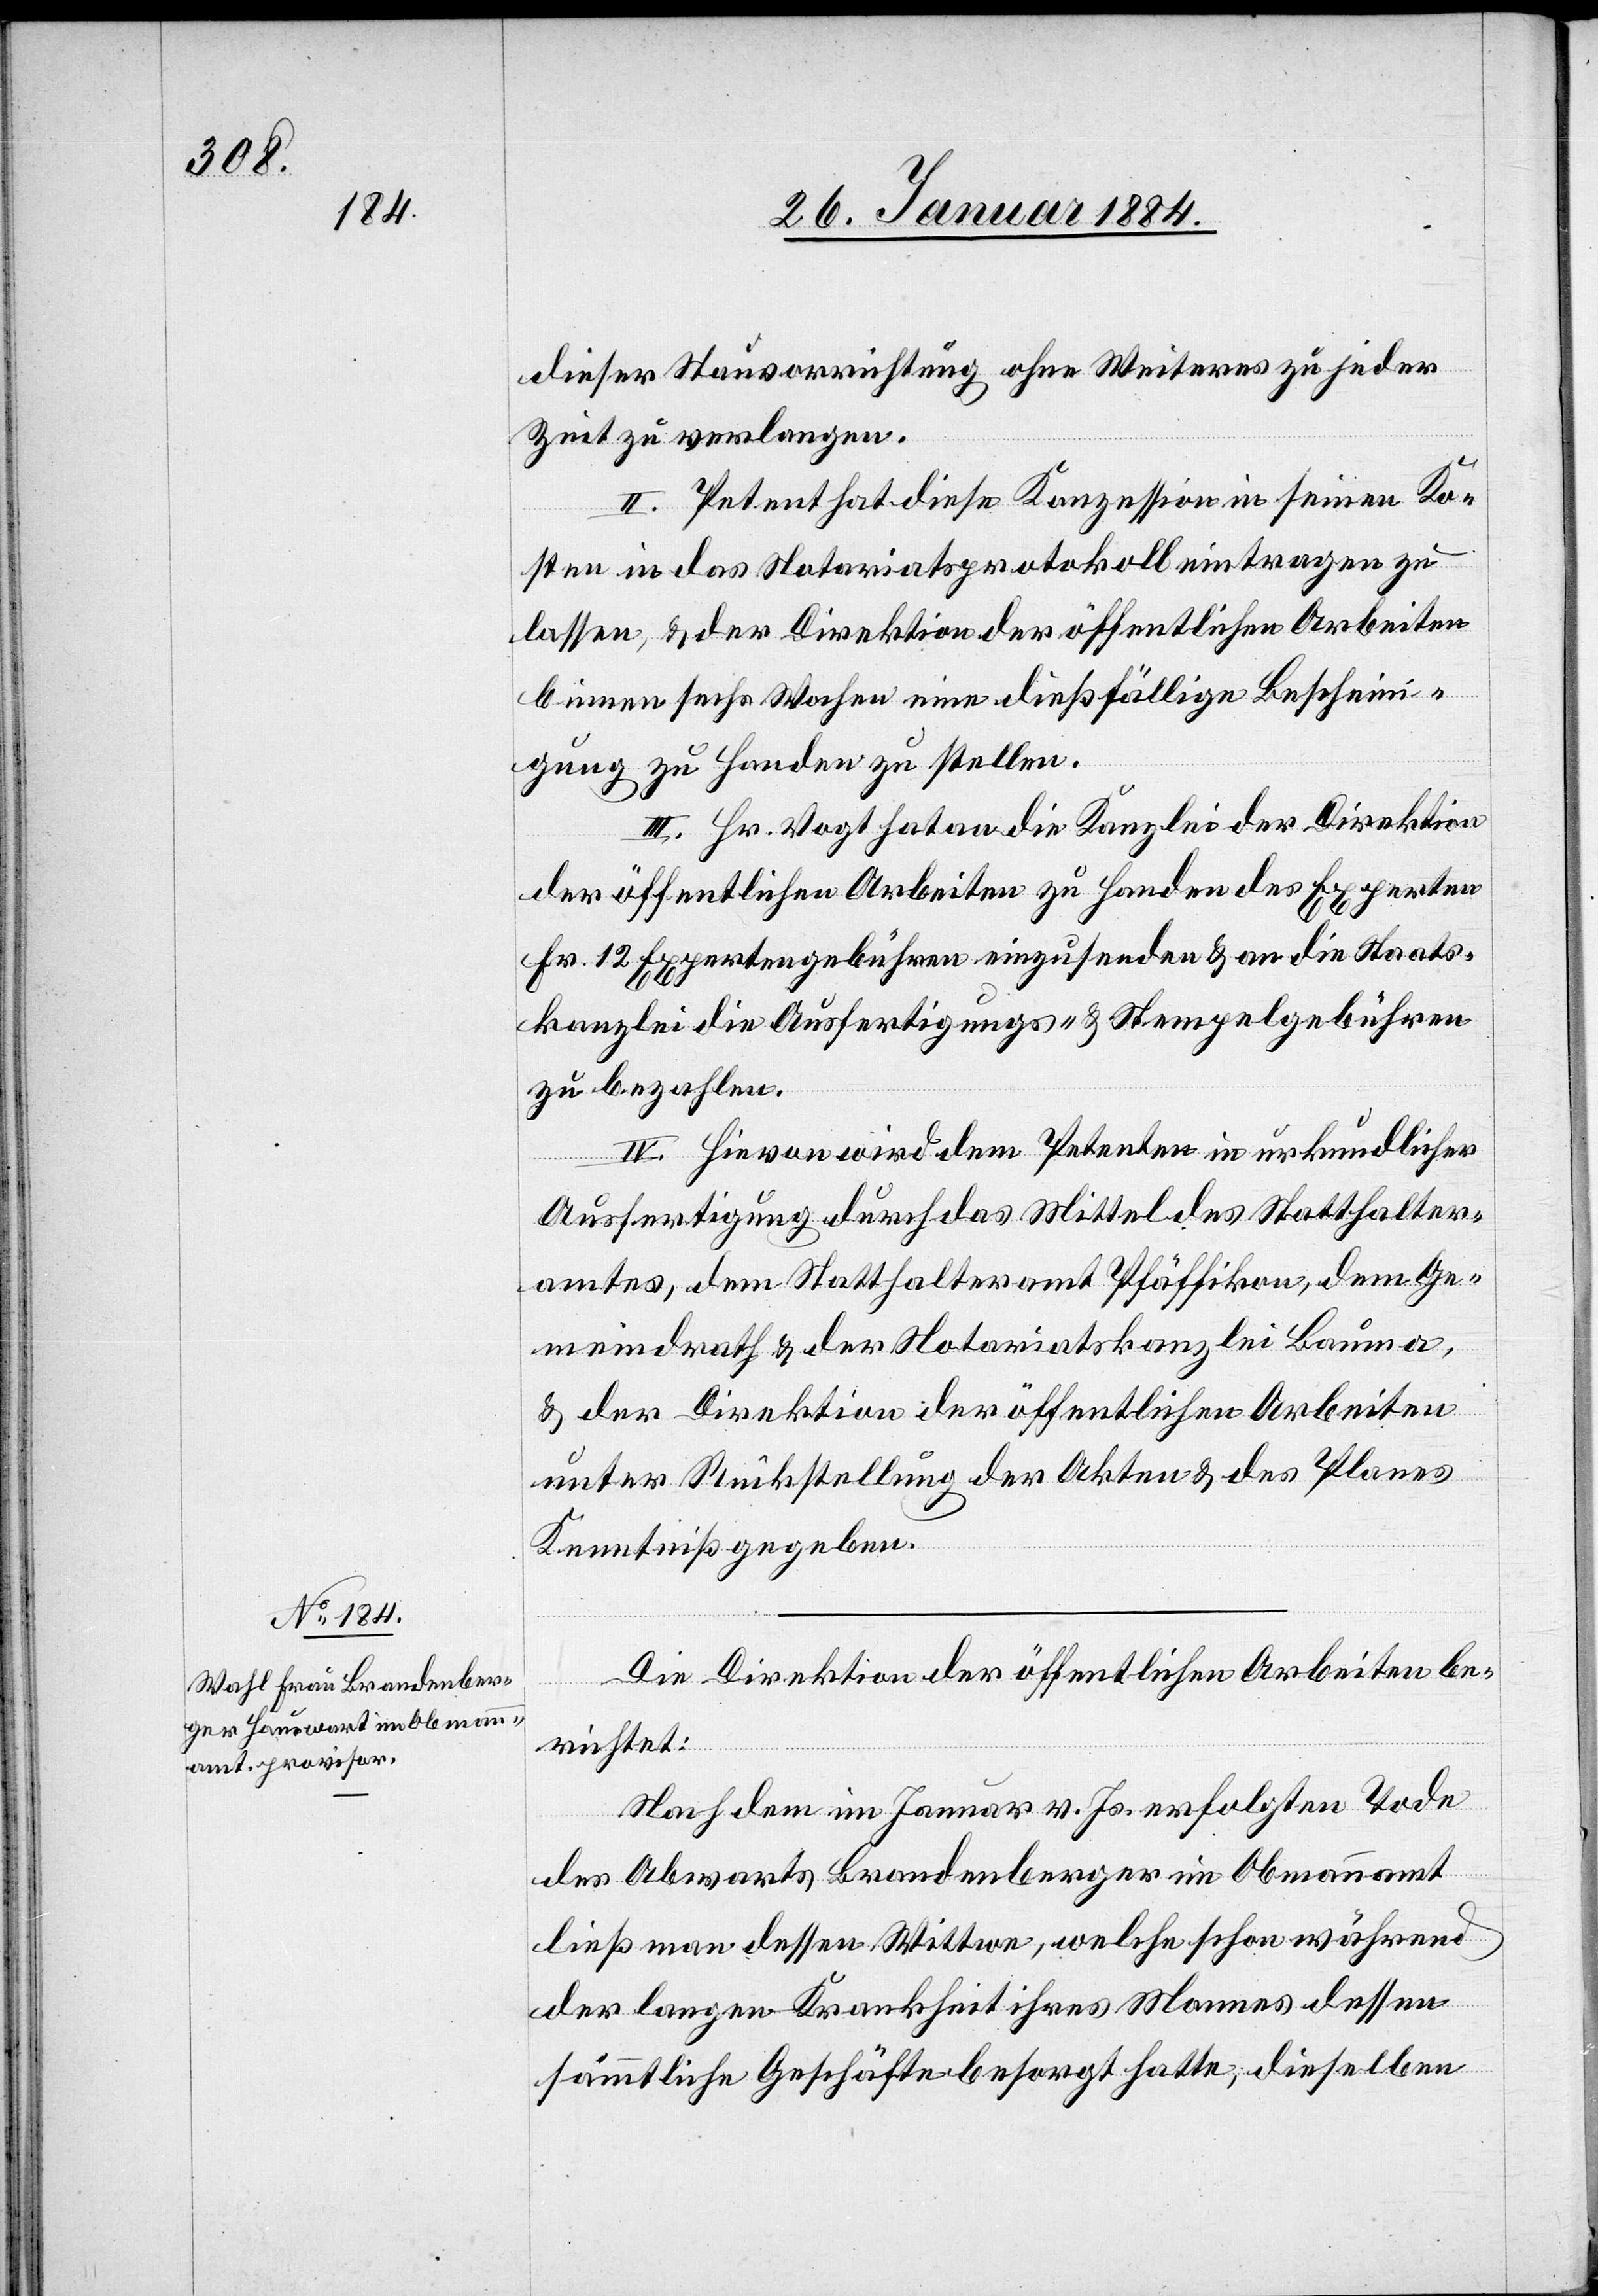
dieser Stauvorrichtung ohne Weiteres zu jeder
Zeit zu verlangen.
II. Petent hat diese Konzession in seinen Ko¬
sten in das Notariatsprotokoll eintragen zu
lassen, & der Direktion der öffentlichen Arbeiten
binnen sechs Wochen eine dießfällige Bescheini¬
gung zu Handen zu stellen.
III. Hr. Vogt hat an die Kanzlei der Direktion
der öffentlichen Arbeiten zu Handen des Experten
Fr. 12 Expertengebühren einzusenden & an die Staats¬
kanzlei die Ausfertigungs- & Stempelgebühren
zu bezahlen.
IV. Hievon wird dem Petenten in urkundlicher
Ausfertigung durch das Mittel des Statthalter¬
amtes, dem Statthalteramt Pfäffikon, dem Ge¬
meindrath & der Notariatskanzlei Bauma,
& der Direktion der öffentlichen Arbeiten
unter Rückstellung der Akten & des Planes
Kenntniß gegeben.
Die Direktion der öffentlichen Arbeiten be¬
richtet:
Nachdem im Januar v. Js. erfolgten Tode
des Abwarts Brandenberger im Obmannamt
ließ man dessen Wittwe, welche schon während
der langen Krankheit ihres Mannes dessen
sämmtliche Geschäfte besorgt hatte, dieselben